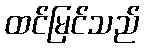
ထင်မြင်သည်